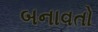
બનાવતો